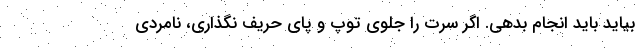
بیاید باید انجام بدهی. اگر سرت را جلوی توپ و پای حریف نگذاری، نامردی